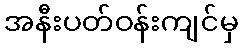
အနီးပတ်ဝန်းကျင်မှ